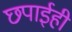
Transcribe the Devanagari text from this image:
छपाईही